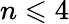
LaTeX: n\leqslant 4